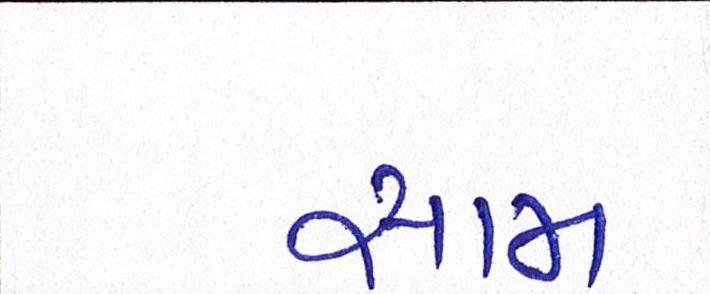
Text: સામ